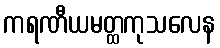
ကရဏီယမတ္ထကုသလေန